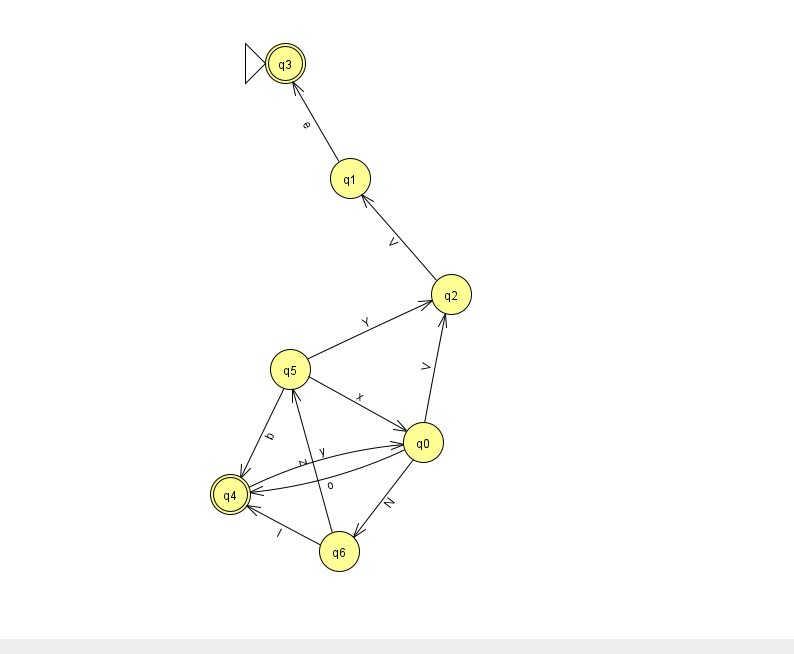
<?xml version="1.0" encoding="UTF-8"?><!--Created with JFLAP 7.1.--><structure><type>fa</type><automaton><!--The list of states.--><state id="0" name="q0"><x>423.0</x><y>429.0</y></state><state id="1" name="q1"><x>350.0</x><y>165.0</y></state><state id="2" name="q2"><x>451.0</x><y>281.0</y></state><state id="3" name="q3"><x>285.0</x><y>50.0</y><initial/><final/></state><state id="4" name="q4"><x>230.0</x><y>481.0</y><final/></state><state id="5" name="q5"><x>290.0</x><y>356.0</y></state><state id="6" name="q6"><x>339.0</x><y>538.0</y></state><!--The list of transitions.--><transition><from>4</from><to>0</to><read>y</read></transition><transition><from>5</from><to>4</to><read>b</read></transition><transition><from>0</from><to>2</to><read>V</read></transition><transition><from>6</from><to>4</to><read>l</read></transition><transition><from>5</from><to>0</to><read>x</read></transition><transition><from>5</from><to>2</to><read>Y</read></transition><transition><from>0</from><to>4</to><read>o</read></transition><transition><from>6</from><to>5</to><read>z</read></transition><transition><from>2</from><to>1</to><read>V</read></transition><transition><from>0</from><to>6</to><read>N</read></transition><transition><from>1</from><to>3</to><read>e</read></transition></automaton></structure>